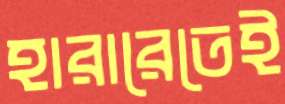
হারারেতেই